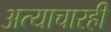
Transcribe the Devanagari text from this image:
अत्याचारही